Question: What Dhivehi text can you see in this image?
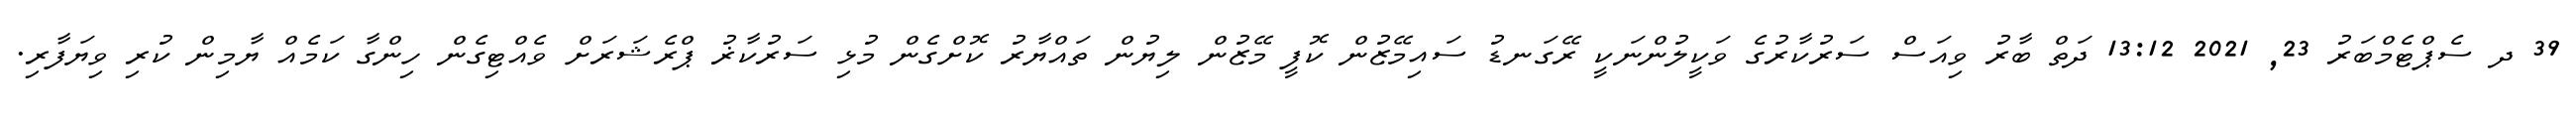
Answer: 39 ދ ސެޕްޓެމްބަރު 23, 2021 13:12 ދަތް ބާރު ވިއަސް ސަރުކާރުގެ ވަކީލުންނަކީ ރޭގަނޑު ސައިމޭޒުން ކޮފީ މޭޒުން ލިޔުން ތައްޔާރު ކޮށްގެން މުޅި ސަރުކާޜު ޕްރެޝަރަށް ވެއްޓިގެން ހިންގާ ކަމެއް ޔާމިން ކުރި ވިޔަފާރި.